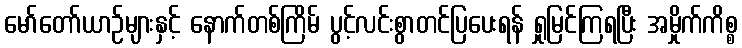
မော်တော်ယာဉ်များနှင့် နောက်တစ်ကြိမ် ပွင့်လင်းစွာတင်ပြပေးရန် ရှုမြင်ကြရပြီး အမှိုက်ကိစ္စ